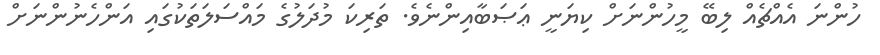
ހުންނަ އެއްޗެއް ލިބޭ މީހުންނަށް ކިޔަނީ ޢަޞަބާއިންނެވެ. ތަރިކަ މުދަލުގެ މައްސަލަތަކުގައި އަންހެނުންނަށް